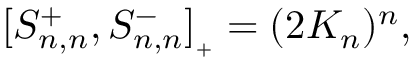
[ S _ { n , n } ^ { + } , S _ { n , n } ^ { - } ] _ { { } _ { + } } = ( 2 K _ { n } ) ^ { n } ,